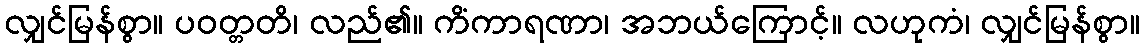
လျှင်မြန်စွာ။ ပဝတ္တတိ၊ လည်၏။ ကိံကာရဏာ၊ အဘယ်ကြောင့်။ လဟုကံ၊ လျှင်မြန်စွာ။